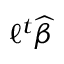
\ell ^ { t } { \widehat { \beta } }